Vaccination Hyderabad 1872-1889 - 1872-1889
Year: 1872
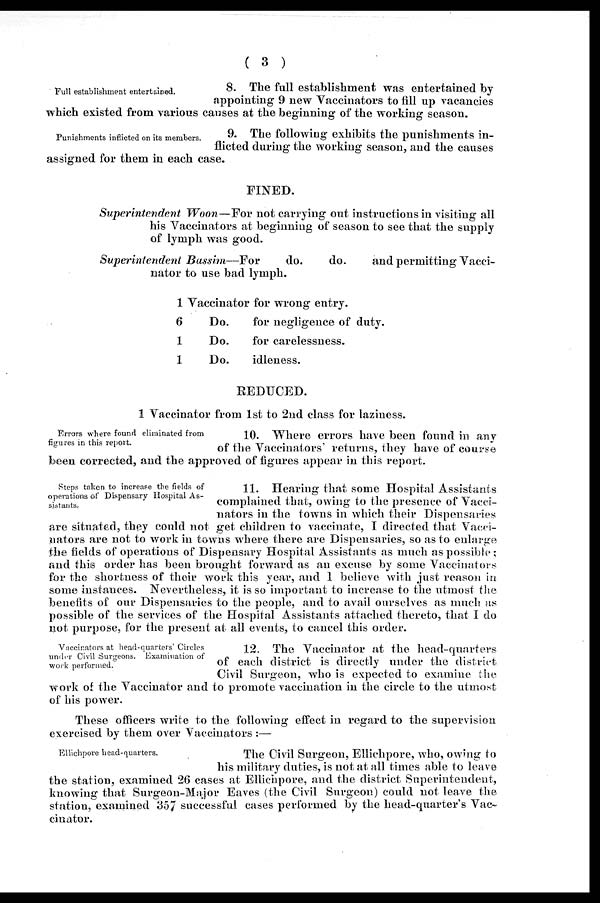
( 3 )
Full establishment entertained.
8. The full establishment was entertained by
appointing 9 new Vaccinators to fill up vacancies
which existed from various causes at the beginning of the working season.
Punishments inflicted on its members.
9. The following exhibits the punishments in-
flicted during the working season, and the causes
assigned for them in each case.
FINED.
Superintendent Woon—For not carrying out instructions in visiting all
his Vaccinators at beginning of season to see that the supply
of lymph was good.
Superintendent Bussim—For
do.
do.
and permitting Vacci-
nator to use bad lymph.
1 Vaccinator for wrong entry.
6
Do.
1
Do.
1
Do.
for negligence of duty.
for carelessness.
idleness.
REDUCED.
1 Vaccinator from 1st to 2nd class for laziness.
Errors where found eliminated from
figures in this report.
10. Where errors have been found in any
of the Vaccinators' returns, they have of course
been corrected, and the approved of figures appear in this report.
Steps taken to increase the fields of
operations of Dispensary Hospital As-
sistants.
11. Hearing that some Hospital Assistants
complained that, owing to the presence of Vacci-
nators in the towns in which their Dispensaries
are situated, they could not get children to vaccinate, I directed that Vacci-
nators are not to work in towns where there are Dispensaries, so as to enlarge
the fields of operations of Dispensary Hospital Assistants as much as possible;
and this order has been brought forward as an excuse by some Vaccinators
for the shortness of their work this year, and 1 believe with just reason in
some instances. Nevertheless, it is so important to increase to the utmost the
benefits of our Dispensaries to the people, and to avail ourselves as much as
possible of the services of the Hospital Assistants attached thereto, that I do
not purpose, for the present at all events, to cancel this order.
Vaccinators at head-quarters' Circles
under Civil Surgeons. Examination of
work performed.
12. The Vaccinator at the head-quarters
of each district is directly under the district
Civil Surgeon, who is expected to examine the
work of the Vaccinator and to promote vaccination in the circle to the utmost
of his power.
These officers write to the following effect in regard to the supervision
exercised by them over Vaccinators :—
Ellichpore head-quarters.
The Civil Surgeon, Ellichpore, who, owing to
his military duties, is not at all times able to leave
the station, examined 26 cases at Ellichpore, and the district Superintendent,
knowing that Surgeon-Major Eaves (the Civil Surgeon) could not leave the
station, examined 357 successful cases performed by the head-quarter's Vac¬
cinator.